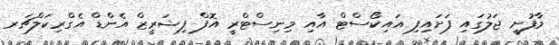
މާފުށީ ޖަލުގައި ފަށައިފި އައިކޯސްޓް އާއި މިނިސްޓްރީ އޮފް ފިޝަރީޒް އެންޑް އެގްރިކަލްޗަރ